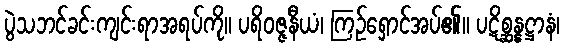
ပွဲသဘင်ခင်းကျင်းရာအရပ်ကို။ ပရိဝဇ္ဇနီယံ၊ ကြဉ်ရှောင်အပ်၏။ ပဋိစ္ဆန္နဋ္ဌာနံ၊